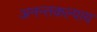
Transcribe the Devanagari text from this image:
अनन्तकल्पाय